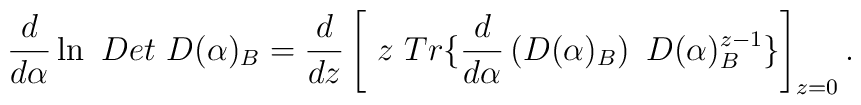
\frac d{d\alpha}\ln \ Det~D(\alpha )_B=\frac d{dz}\left[ \ z\ Tr\{\frac d{d\alpha }\left(D(\alpha )_B\right) \ D(\alpha )_B^{z-1}\}\right] _{z=0} .